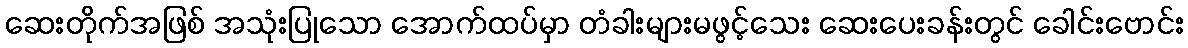
ဆေးတိုက်အဖြစ် အသုံးပြုသော အောက်ထပ်မှာ တံခါးများမဖွင့်သေး ဆေးပေးခန်းတွင် ခေါင်းဗောင်း